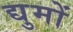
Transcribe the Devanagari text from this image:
द्युमों